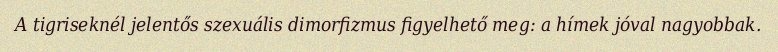
A tigriseknél jelentős szexuális dimorfizmus figyelhető meg: a hímek jóval nagyobbak.